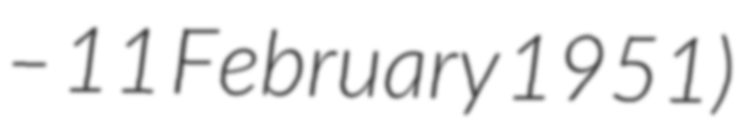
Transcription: – 11 February 1951)